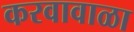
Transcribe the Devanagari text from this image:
करवावाळा